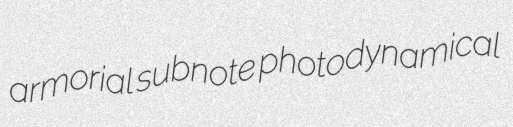
armorial subnote photodynamical